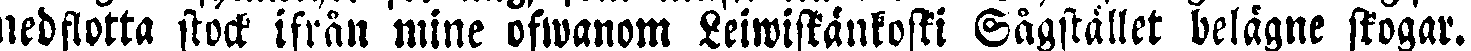
nedstötta stock ifrån mine ofwanom Leiwiskänkoski Sägstället belägne skogar.